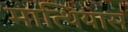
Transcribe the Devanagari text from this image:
मात्थियास